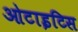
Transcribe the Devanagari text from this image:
ओटाइटिस